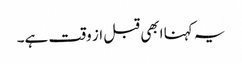
یہ کہنا ابھی قبل از وقت ہے۔